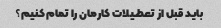
باید قبل از تعطیلات کارمان را تمام کنیم؟